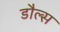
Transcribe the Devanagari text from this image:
डौल्स